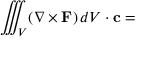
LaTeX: \iiint _ { V } ( \nabla \times \mathbf { F } ) \, d V \cdot \mathbf { c } =